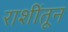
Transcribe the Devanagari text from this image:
राशींतून